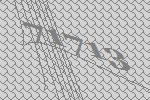
71713